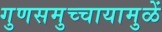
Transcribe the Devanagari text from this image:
गुणसमुच्चायामुळें